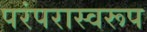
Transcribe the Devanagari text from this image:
परंपरास्वरूप